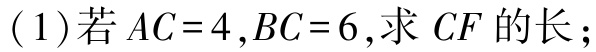
(1)若\(AC = 4,BC = 6\),求\(CF\)的长；